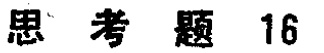
思考题 16